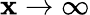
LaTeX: \mathbf{x}\to\infty